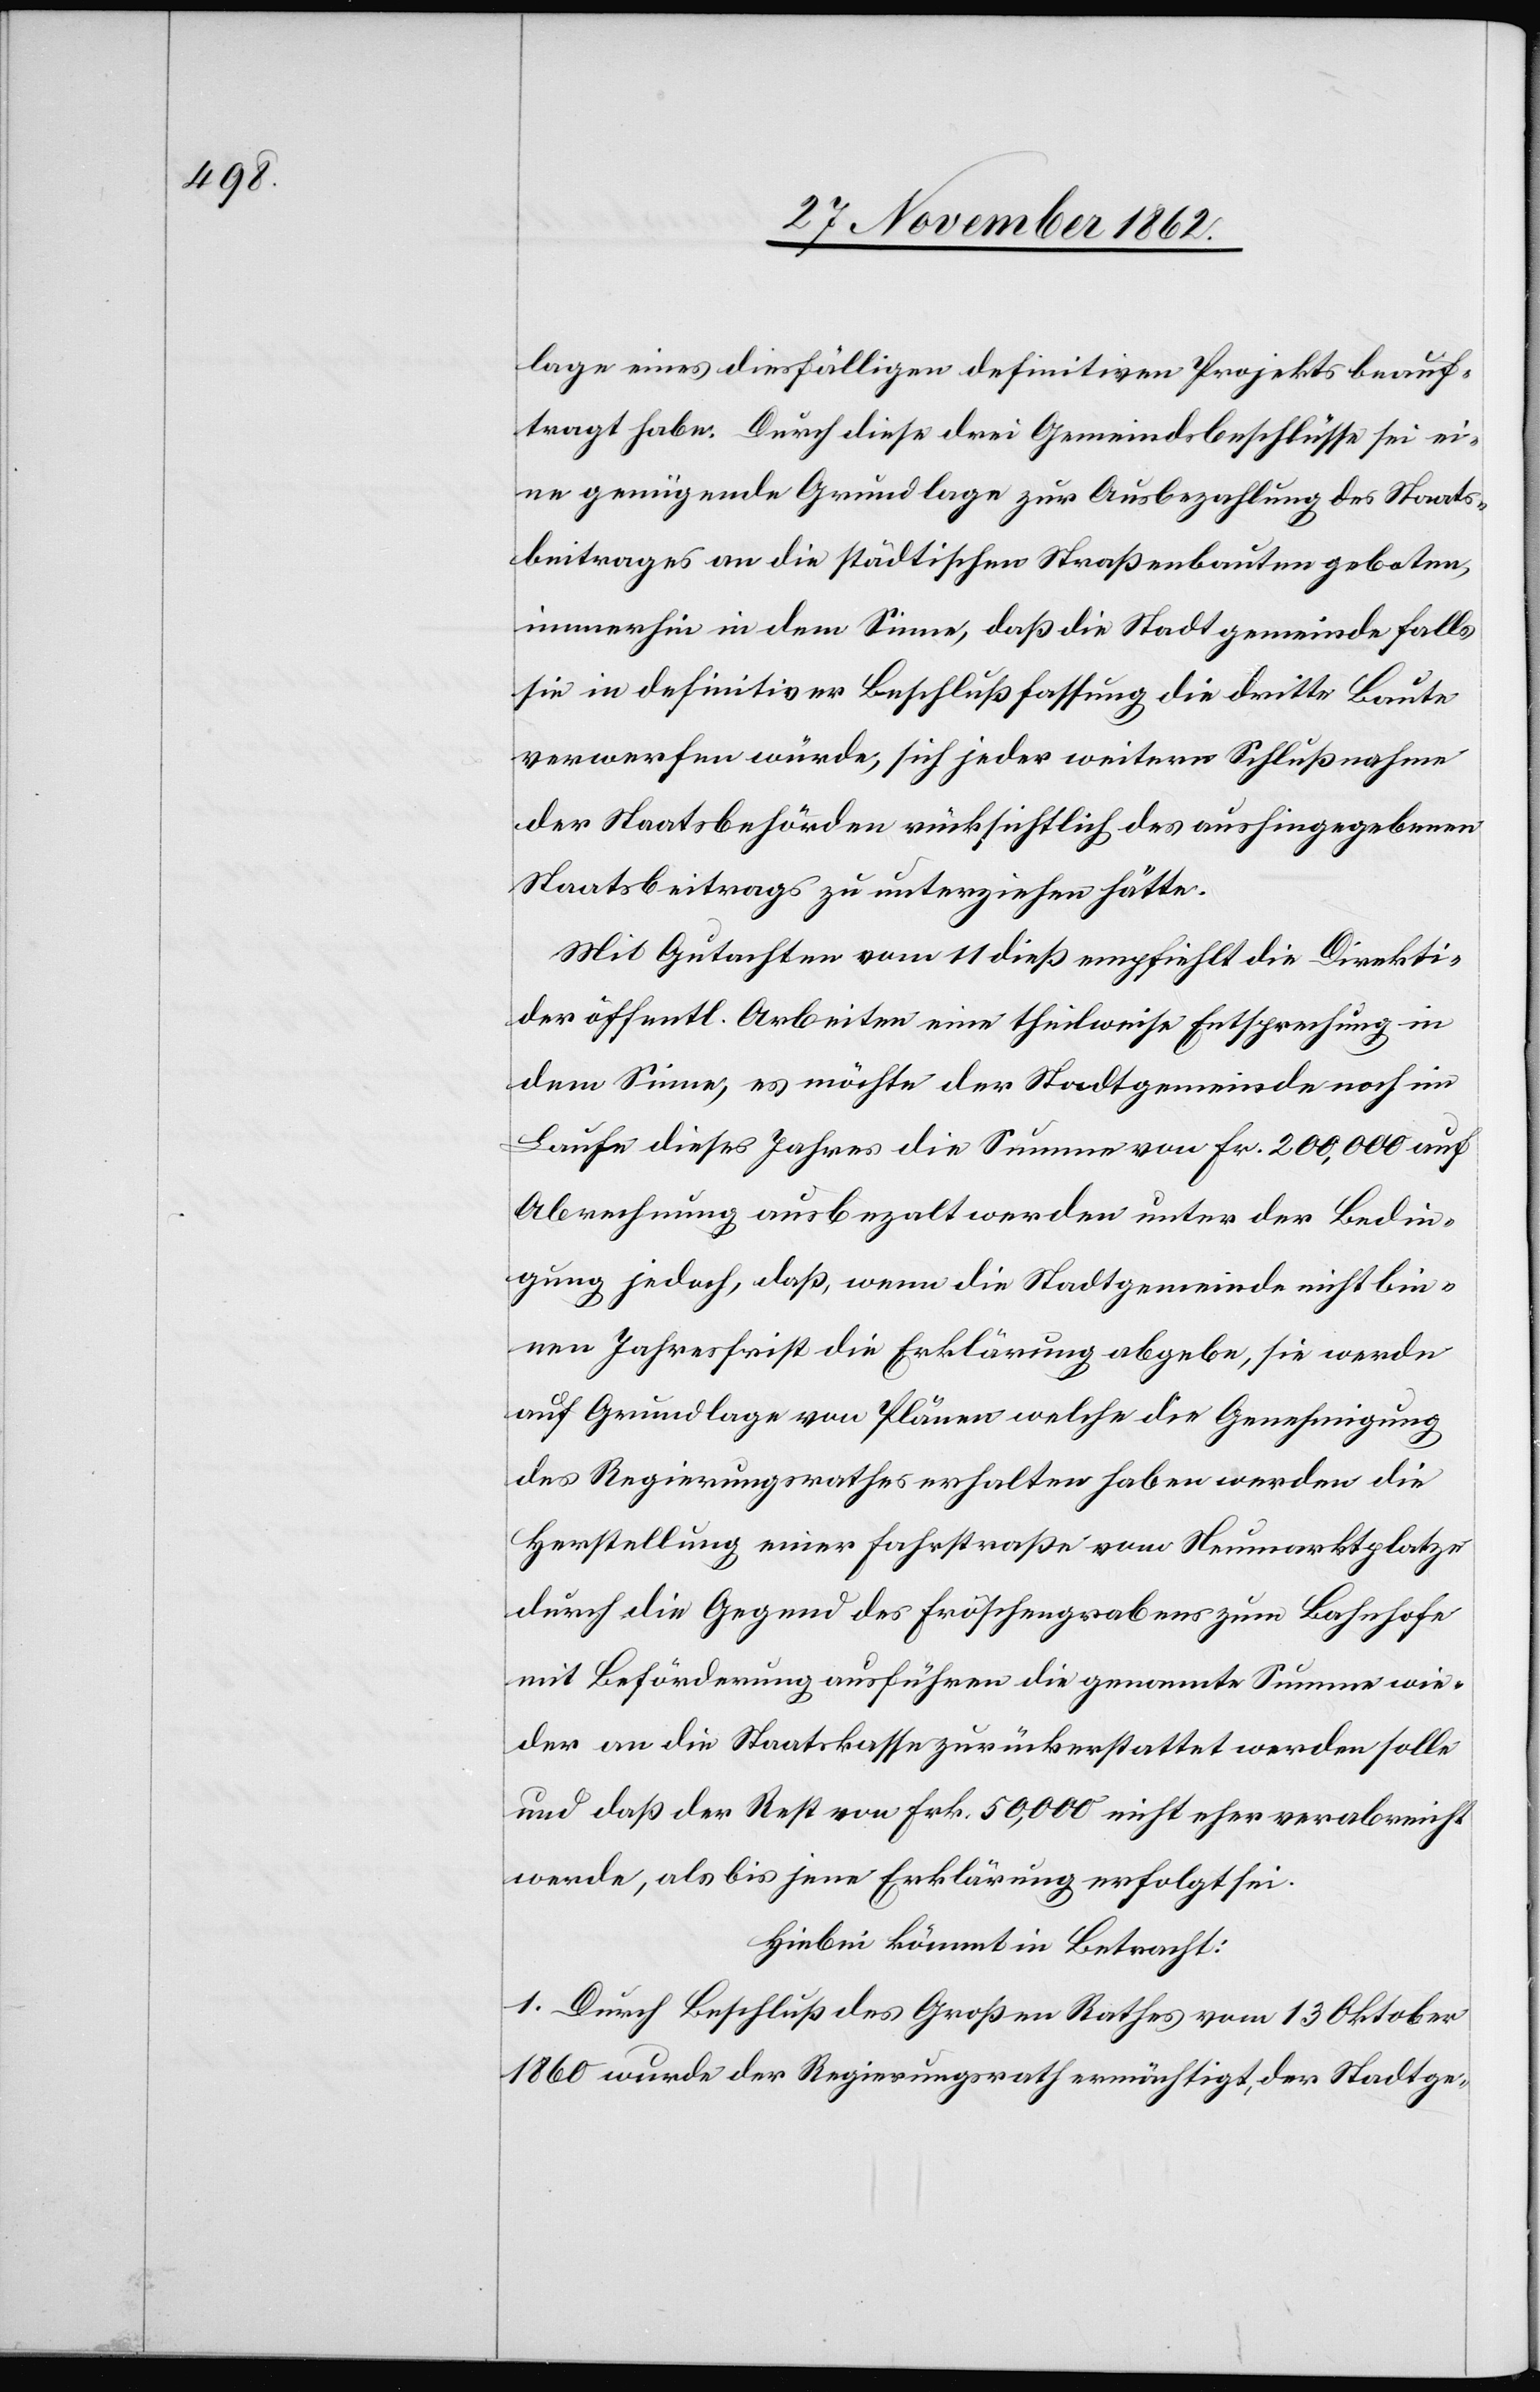
lage eines diesfälligen definitiven Projekts beauf¬
tragt habe. Durch diese drei Gemeindsbeschlüsse sei ei¬
ne genügende Grundlage zur Ausbezahlung des Staats¬
beitrages an die städtischen Straßenbauten geboten,
immerhin in dem Sinne, daß die Stadtgemeinde falls
sie in definitiver Beschlußfassung die dritte Baute
verwerfen würde, sich jeder weitern Schlußnahme
der Staatsbehörden rücksichtlich des aushingegebenen
Staatsbeitrags zu unterziehen hätte.
Mit Gutachten vom 11. dieß empfiehlt die Direktion
der öffentl. Arbeiten eine theilweise Entsprechung in
dem Sinne, es möchte der Stadtgemeinde noch im
Laufe dieses Jahres die Summe von Fr. 200,000 auf
Abrechnung ausbezahlt werden unter der Bedin¬
gung jedoch, daß, wenn die Stadtgemeinde nicht bin¬
nen Jahresfrist die Erklärung abgebe, sie werde
auf Grundlage von Plänen welche die Genehmigung
des Regierungsrathes erhalten haben werden die
Herstellung einer Fahrstraße vom Neumarktplatze
durch die Gegend des Fröschengrabens zum Bahnhofe
mit Beförderung ausführen die genannte Summe wie¬
der an die Staatskasse zurückerstattet werden wolle
und daß der Rest von Frk. 50,000 nicht eher verabreicht
werde, als bis jene Erklärung erfolgt sei.
Hiebei kömmt in Betracht:
1. Durch Beschluß des Großen Rathes vom 13. Oktober
1860 wurde der Regierungsrath ermächtigt, der Stadtge-